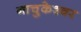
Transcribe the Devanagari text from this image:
नाचुकेश्वर